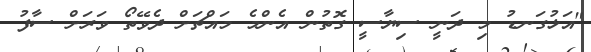
"އަޅުގަނޑު މި ދަނީ ސިޔާސީ ގޮތުން އެންމެ މައްޗަށް ދެވޭތޯ ވަރަށް ސާފު